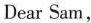
Dear Sam，